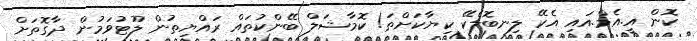
ކޮން އީ.އެމް.އައި އެކޭ ލިނބޮލެކޭ ކިޔާކަށްތަ! ކޮމާޝަލް ބޭންކުތައް ރައްޔިތުން ލޫޓުވަމުން ދާގޮތަށް